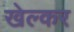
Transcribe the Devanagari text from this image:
खेल्कर